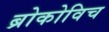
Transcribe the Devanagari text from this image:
ब्रोकोविच